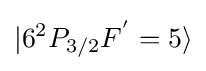
|6^{2}P_{3/2}F^{'}=5\rangle